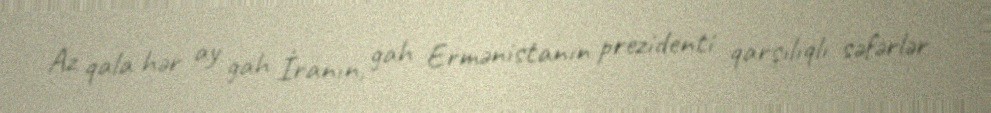
Az qala hər ay gah İranın, gah Ermənistanın prezidenti qarşılıqlı səfərlər